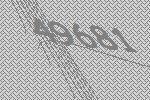
49681